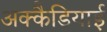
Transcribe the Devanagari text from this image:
अक्कैडियाई